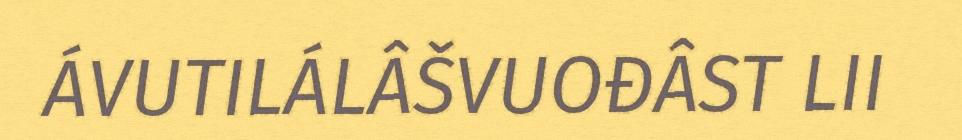
ÁVUTILÁLÂŠVUOĐÂST LII